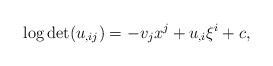
LaTeX: \begin{align*}\log\det (u_{,ij})=-v_jx^j+u_{,i}\xi^i+c,\end{align*}